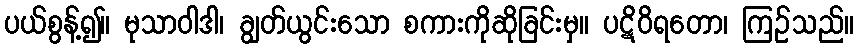
ပယ်စွန့်၍။ မုသာဝါဒါ၊ ချွတ်ယွင်းသော စကားကိုဆိုခြင်းမှ။ ပဋိဝိရတော၊ ကြဉ်သည်။